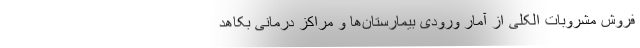
فروش مشروبات الکلی از آمار ورودی بیمارستان‌ها و مراکز درمانی بکاهد